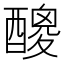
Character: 𨢼